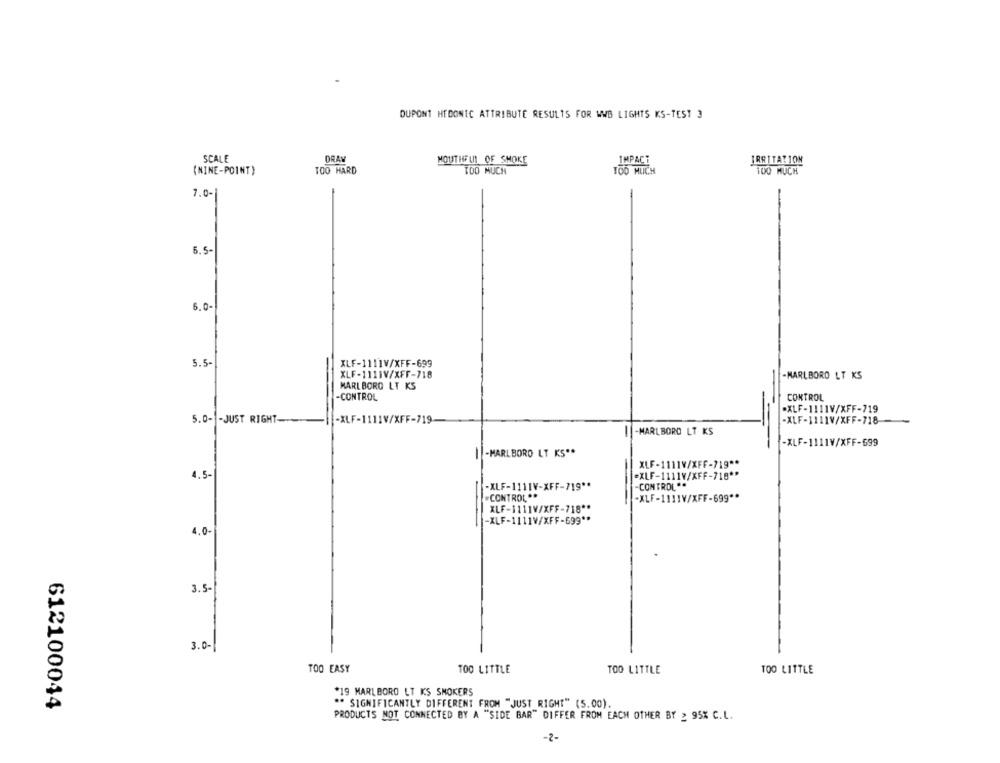
DUPONT HEDONIC ATTRIBUTE RESULTS FOR WWB LIGHTS KS-TEST 3
SCALE
DRAN
MOUTHFUL OF SMOKE
IMPACT
(NINE-POINT)
TOO HARD
TOO MUCH
TOO MUCH
100 MUCH
7.0-
6.5-
6.0-
5.5-
XLF-1111V/XFF-699
XLF-1111V/XFF-718
-MARLBORO LT KS
MARLBORO LT KS
-CONTROL
CONTROL
"XLF-1111V/XFF-719
-- JUST RIGHT-
-XLF-1111V/XFF-719
-XLF-1111V/XFF-718
-MARLBORO LT KS
-XLF-1111V/XFF-699
||-MARLBORO LT KS **
XLF-1111V/XFF-719 **
1.5-
=XLF-1111V/XFF-718 **
-XLF-1111V-XFF-719 **
-CONTROL **
-
.CONTROL **
"XLF-1111V/XFF-699 **
XLF-1111V/XFF-718 **
-XLF-1111V/XFF-699 **
4.0-
3.5-
3.0-
TOO EASY
TOO LITTLE
TOO LITTLE
TOO LITTLE
*19 MARLBORO LT KS SMOKERS
612100044
** SIGNIFICANTLY DIFFERENT FROM "JUST RIGHT" (5.00).
PRODUCTS NOT CONNECTED BY A "SIDE BAR" DIFFER FROM EACH OTHER BY : 95% C.L.
-2-